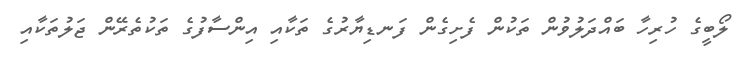
ލޯބީގެ ހުރިހާ ބައްދަލުވުން ތަކުން ފެށިގެން ފަނޑިޔާރުގެ ތަކާއި އިންސާފުގެ ތަކުތެރޭން ޖަލުތަކާއި